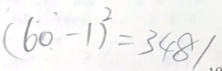
( 6 0 - 1 ) ^ { 2 } = 3 4 8 1